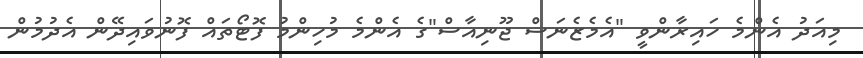
މިއަދު އެންމެ ހައިރާންވީ "އެމެޒެނަސް ޖޫނިއާސް"ގެ އެންމެ މުހިންމު ފޮޓޯތައް ފޮނުވައިދޭން އެދުމުން